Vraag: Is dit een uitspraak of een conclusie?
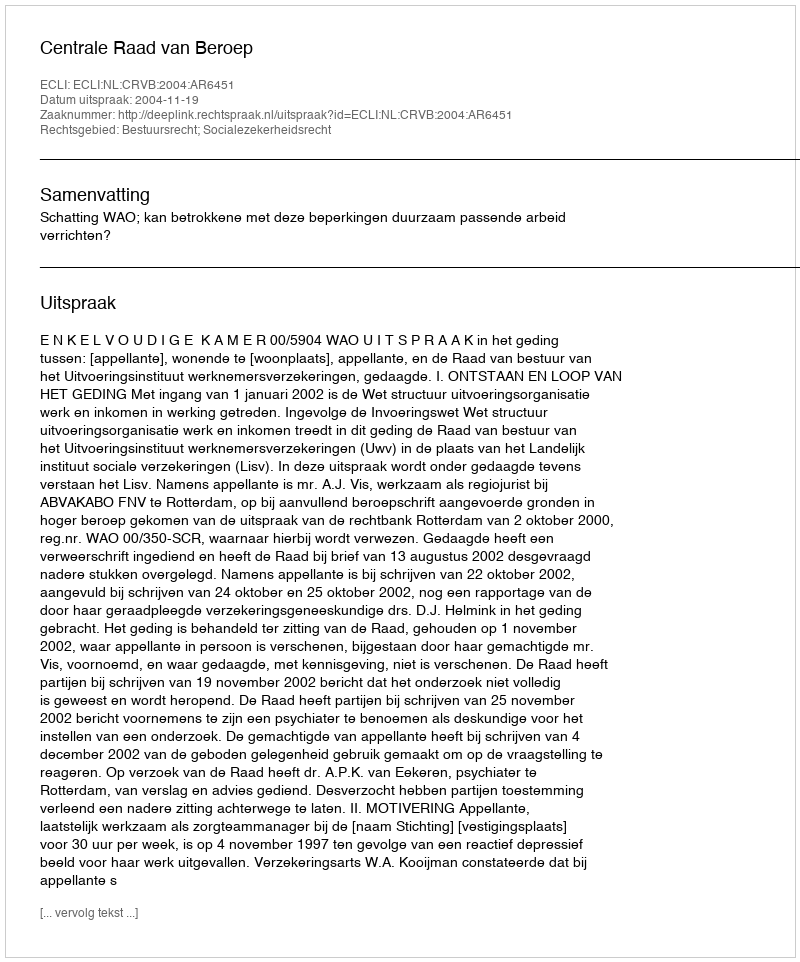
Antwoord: Uitspraak